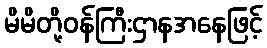
မိမိတို့ဝန်ကြီးဌာနအနေဖြင့်